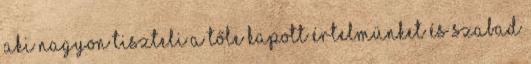
aki nagyon tiszteli a Tőle kapott értelmünket és szabad